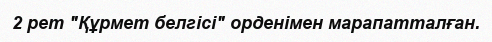
2 рет "Құрмет белгісі" орденімен марапатталған.